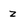
Character: z